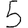
Digit: 5